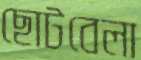
ছোটবেলা